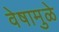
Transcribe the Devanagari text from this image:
वेषामुळे